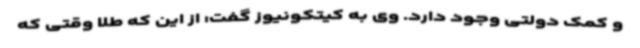
و کمک دولتی وجود دارد. وی به کیتکونیوز گفت: از این که طلا وقتی که